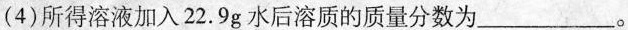
(4)所得溶液加入22.9g水后溶质的质量分数为___。